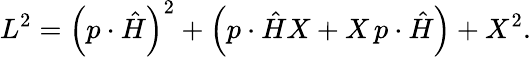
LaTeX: L^{2}=\left(p\cdot\hat{H}\right)^{2}+\left(p\cdot\hat{H}X+X\, p\cdot\hat{H}\right)+X^{2}.